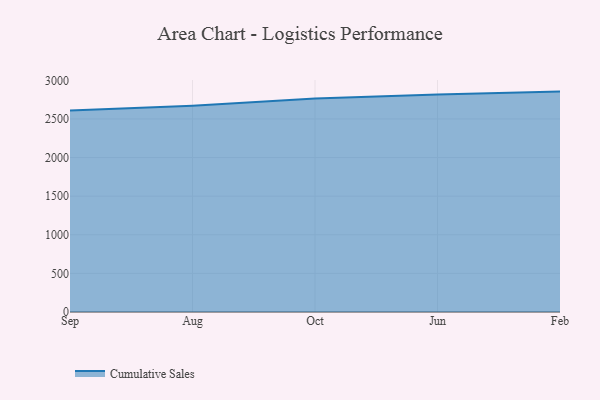
{"axis": {"x": "Month", "y": "Page Views"}, "legend": ["Cumulative Sales"], "data": [{"x": "Sep", "y": 2610.3, "type": "Cumulative Sales"}, {"x": "Aug", "y": 2671.6, "type": "Cumulative Sales"}, {"x": "Oct", "y": 2763.5, "type": "Cumulative Sales"}, {"x": "Jun", "y": 2818.0, "type": "Cumulative Sales"}, {"x": "Feb", "y": 2854.3, "type": "Cumulative Sales"}]}